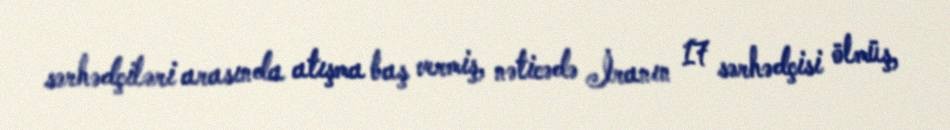
sərhədçiləri arasında atışma baş vermiş, nəticədə İranın 17 sərhədçisi ölmüş,